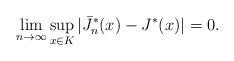
LaTeX: \begin{align*}\lim_{n\rightarrow\infty} \sup_{x\in K} | \bar{J}_n^*(x) - J^*(x) | = 0. \end{align*}